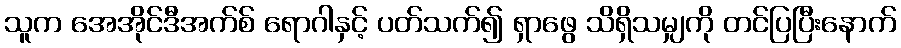
သူက အေအိုင်ဒီအက်စ် ရောဂါနှင့် ပတ်သက်၍ ရှာဖွေ သိရှိသမျှကို တင်ပြပြီးနောက်